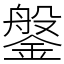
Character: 鎜